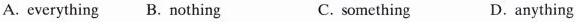
A. everything B. Nothing C. something D.anything